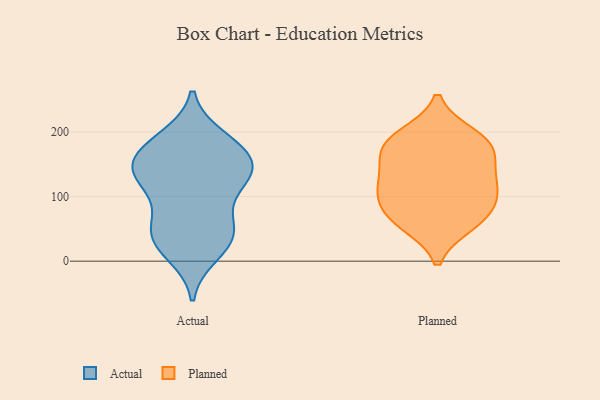
{"axis": {"x": "Energy Usage (MWh)", "y": "Value"}, "legend": ["Actual", "Planned"], "data": [{"x": "", "y": 39, "type": "Actual"}, {"x": "", "y": 12, "type": "Actual"}, {"x": "", "y": 159, "type": "Actual"}, {"x": "", "y": 174, "type": "Actual"}, {"x": "", "y": 127, "type": "Actual"}, {"x": "", "y": 124, "type": "Actual"}, {"x": "", "y": 160, "type": "Actual"}, {"x": "", "y": 190, "type": "Actual"}, {"x": "", "y": 39, "type": "Actual"}, {"x": "", "y": 124, "type": "Actual"}, {"x": "", "y": 29, "type": "Actual"}, {"x": "", "y": 181, "type": "Actual"}, {"x": "", "y": 131, "type": "Actual"}, {"x": "", "y": 64, "type": "Actual"}, {"x": "", "y": 57, "type": "Actual"}, {"x": "", "y": 141, "type": "Actual"}, {"x": "", "y": 64, "type": "Planned"}, {"x": "", "y": 125, "type": "Planned"}, {"x": "", "y": 185, "type": "Planned"}, {"x": "", "y": 152, "type": "Planned"}, {"x": "", "y": 114, "type": "Planned"}, {"x": "", "y": 171, "type": "Planned"}, {"x": "", "y": 194, "type": "Planned"}, {"x": "", "y": 70, "type": "Planned"}, {"x": "", "y": 112, "type": "Planned"}, {"x": "", "y": 58, "type": "Planned"}, {"x": "", "y": 96, "type": "Planned"}, {"x": "", "y": 181, "type": "Planned"}]}